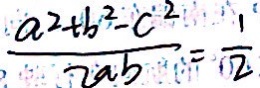
\frac { a ^ { 2 } + b ^ { 2 } - c ^ { 2 } } { 2 a b } = \frac { 1 } { \cdot 2 }